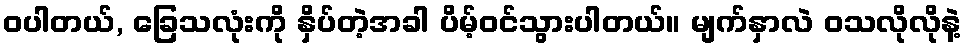
ဝပါတယ်, ခြေသလုံးကို နှိပ်တဲ့အခါ ပိမ့်ဝင်သွားပါတယ်။ မျက်နှာလဲ ဝသလိုလိုနဲ့